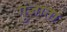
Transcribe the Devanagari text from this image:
गुंजाता